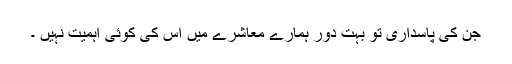
جن کی پاسداری تو بہت دور ہمارے معاشرے میں اس کی کوئی اہمیت نہیں ۔